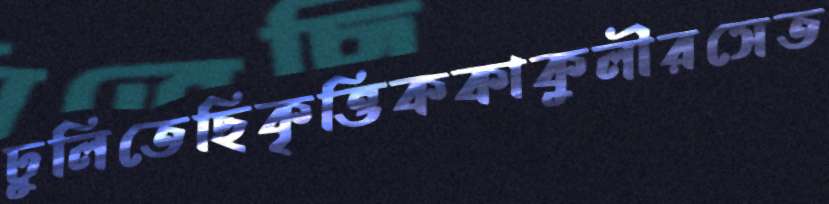
ঢুলিতেছিকৃত্তিককাকুলীরসেত